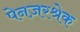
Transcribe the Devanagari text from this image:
पेनज़रश्रेक